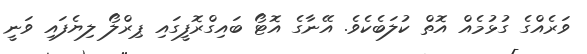
ވަރެއްގެ ގުޅުމެއް އޮތް ކުލަބެކެވެ. އޭނާގެ އޮޓޯ ބައިގްރޮފީގައި ޕިރްލޯ ލިޔެފައި ވަނީ